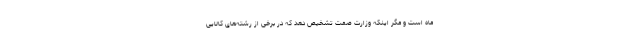
ماه است و مگر اینکه وزارت صمت تشخیص دهد که در برخی از رشته‌های کالایی